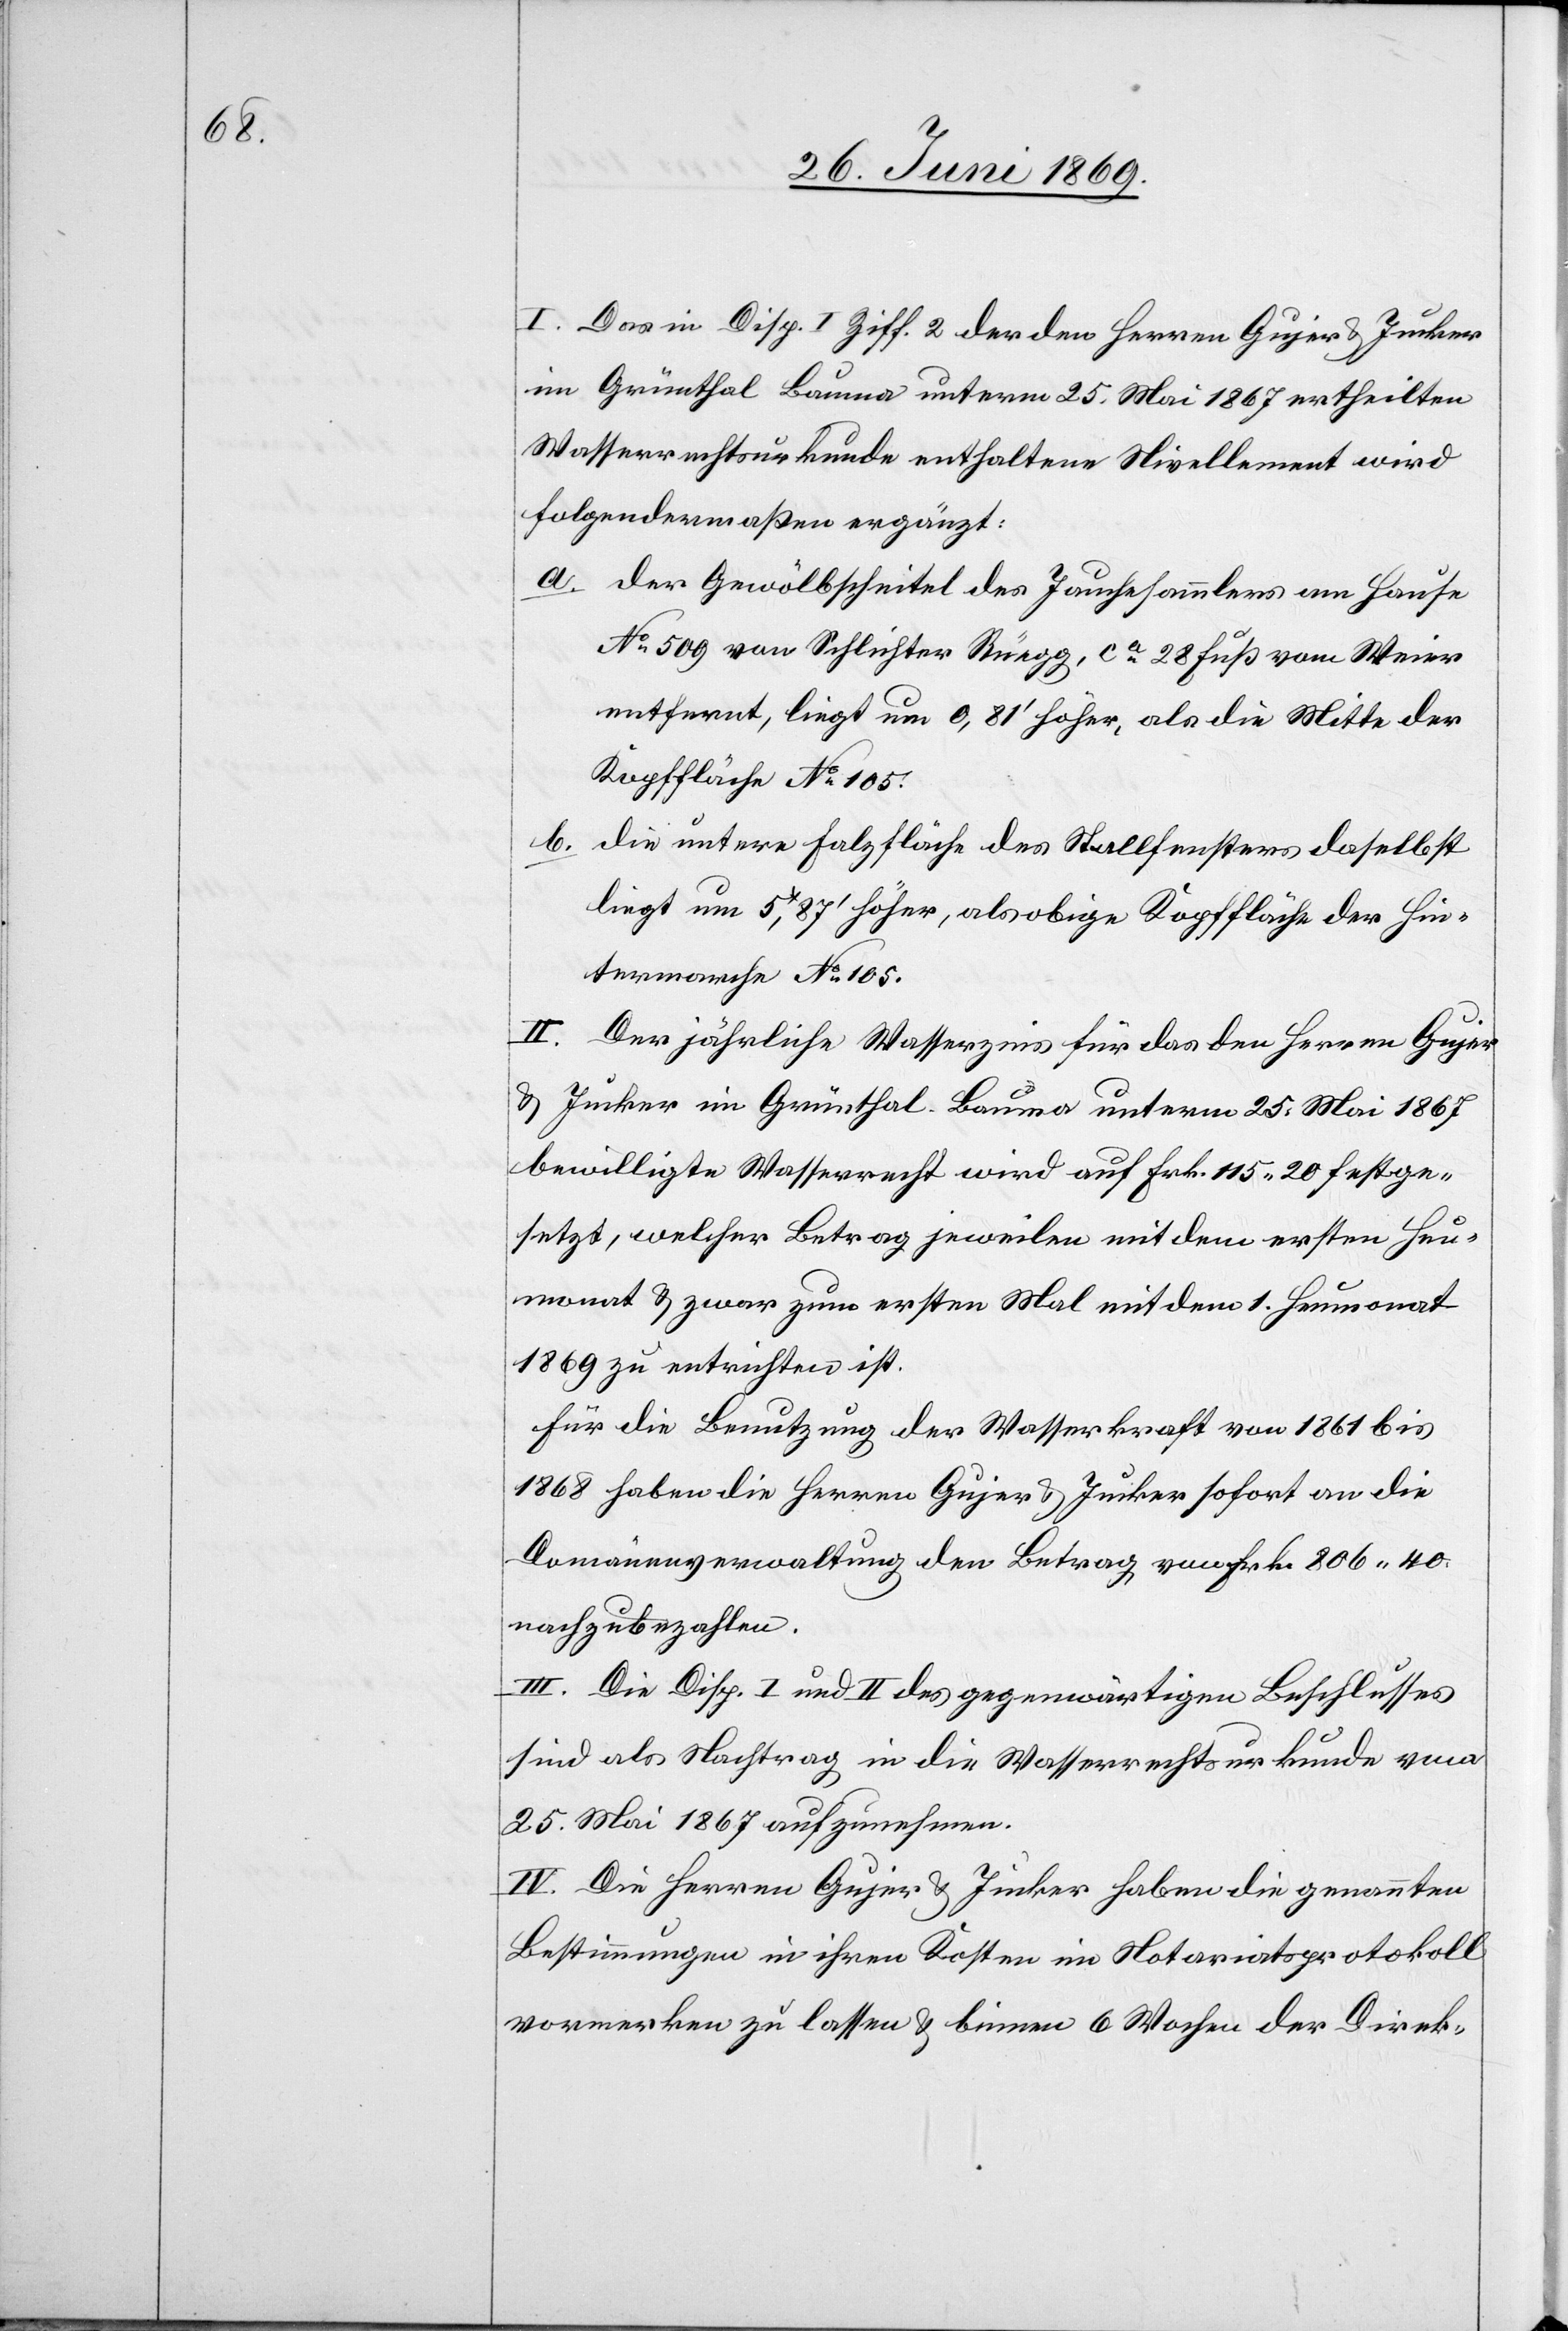
I. Das in Disp. I Ziff. 2 der den Herren Gujer u. Jucker
in Grünthal Bauma unterm 25 Mai 1867 ertheilten
Wasserrechtsurkunde enthaltene Nivellement wird
folgendermaßen ergänzt.
a. Der Gewölbscheitel des Jauchesammlers am Hause
N° 509 von Schlichter Rüegg, ca 28 Fuß vom Weier
entfernt, liegt um 0,81’ höher, als die Mitte der
Kauffläche N° 105.
b. Die untere Falzfläche des Stallfensters daselbst
liegt um 5,87’ höher, als obige Kopffläche der Hin¬
termarche N° 105.
II. Der jährliche Wasserzins für das den Herrn Gujer
u. Jucker im Grünthal Bauma unterm 25 Mai 1867
bewilligte Wasserrecht wird auf Frk. 115,20 festge¬
setzt, welcher Betrag jeweilen mit dem ersten Heu¬
monat u. zwar zum ersten Mal mit dem 1 Heumonat
1869 zu entrichten ist.
Für die Benutzung der Wasserkraft von 1861 bis
1868 haben die Herren Gujer u. Jucker sofort an die
Domänenverwaltung den Betrag von Frk. 806.40
nachzubezahlen.
III. Die Disp. I und II des gegenwärtigen Beschlusses
sind als Nachtrag in die Wasserrechtsurkunde vom
25 Mai 1867 aufzunehmen.
IV. Die Herren Gujer u. Jucker haben die genannten
Bestimmungen in ihren Kosten im Notariatsprotokoll
vormerken zu lassen u. binnen 6 Wochen der Direk-